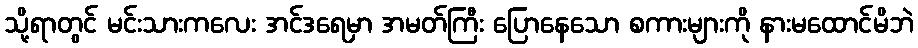
သို့ရာတွင် မင်းသားကလေး အင်ဒရေမှာ အမတ်ကြီး ပြောနေသော စကားများကို နားမထောင်မိဘဲ